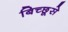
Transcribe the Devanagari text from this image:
बिच्छूसे